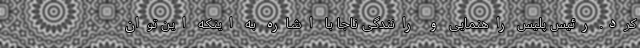
کرد. رئیس پلیس راهنمایی و رانندگی ناجا با اشاره به اینکه این توان